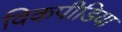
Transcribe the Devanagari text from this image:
विकपीडिया